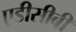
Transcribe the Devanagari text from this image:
एडीसीबी